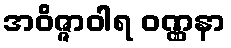
အဝိဇ္ဇာဝါရ ဝဏ္ဏနာ